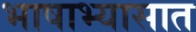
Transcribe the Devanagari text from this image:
भाषाभ्यासात